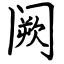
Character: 阙